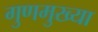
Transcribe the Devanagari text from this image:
गुणमुख्या